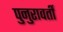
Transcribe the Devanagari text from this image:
पुनुरावर्ती